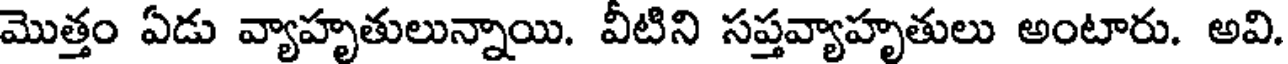
మొత్తం ఏడు వ్యాహృతులున్నాయి. వీటిని సప్తవ్యాహృతులు అంటారు. అవి.